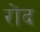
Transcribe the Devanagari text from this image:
रोंद